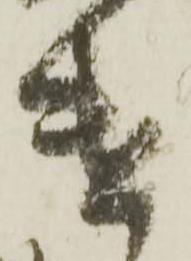
遣